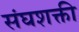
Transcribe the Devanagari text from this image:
संघशक्ती